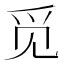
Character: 觅